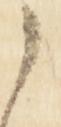
之